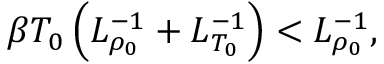
\beta T _ { 0 } \left( L _ { \rho _ { 0 } } ^ { - 1 } + L _ { T _ { 0 } } ^ { - 1 } \right) < L _ { \rho _ { 0 } } ^ { - 1 } ,